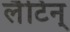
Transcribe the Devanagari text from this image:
लैटिन्